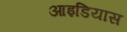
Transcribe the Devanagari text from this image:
आइडियास